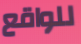
للواقع